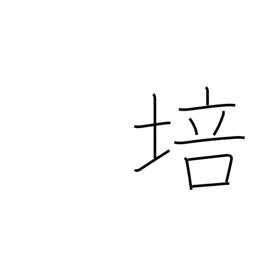
Meaning: foster